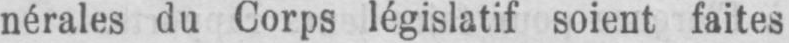
nérales du Corps législatif soient faites